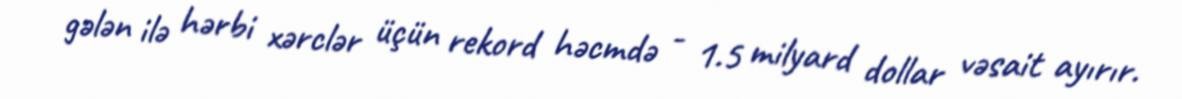
gələn ilə hərbi xərclər üçün rekord həcmdə - 1.5 milyard dollar vəsait ayırır.